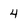
Character: 4